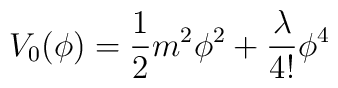
V_0(\phi)=\frac{1}{2}m^2\phi^2+\frac{\lambda}{4!}\phi^4